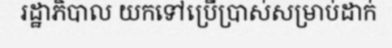
រដ្ឋាភិបាល យកទៅប្រើប្រាស់សម្រាប់ដាក់